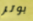
بوتر